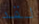
لقد